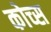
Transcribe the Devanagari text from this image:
कोच्स